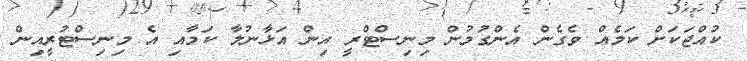
ކުއްޖަކަށް ކަމެއް ވެގެން އެންގުމުން މިނިސްޓްރީ އިން އަޅާނުލާ ކަމާއި އެ މިނިސްޓުރީއިން